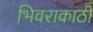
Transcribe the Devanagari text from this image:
भिवराकाठी